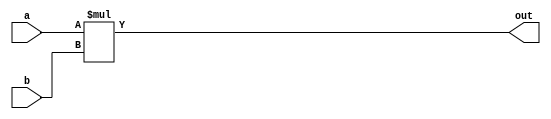
`default_nettype none
`timescale 1ns/1ps
module multiplier(
    input[7:0] a,
    input[7:0] b,
    output[7:0] out
    );

    assign out = a * b;

endmodule